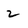
Character: 2